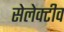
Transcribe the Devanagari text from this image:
सेलेक्टीव